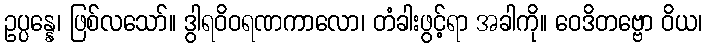
ဥပ္ပန္နေ၊ ဖြစ်လသော်။ ဒွါရဝိဝရဏကာလော၊ တံခါးဖွင့်ရာ အခါကို။ ဝေဒိတဗ္ဗော ဝိယ၊